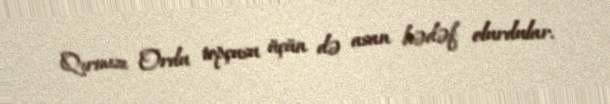
Qırmızı Ordu topçusu üçün də asan hədəf olurdular.